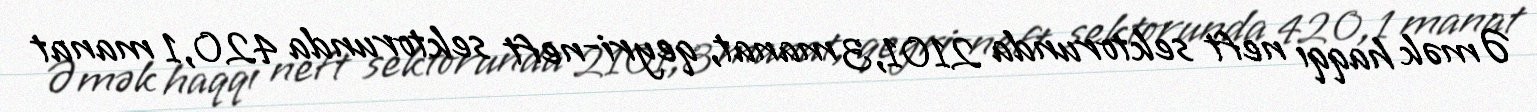
Əmək haqqı neft sektorunda 2101,3 manat, qeyri-neft sektorunda 420,1 manat